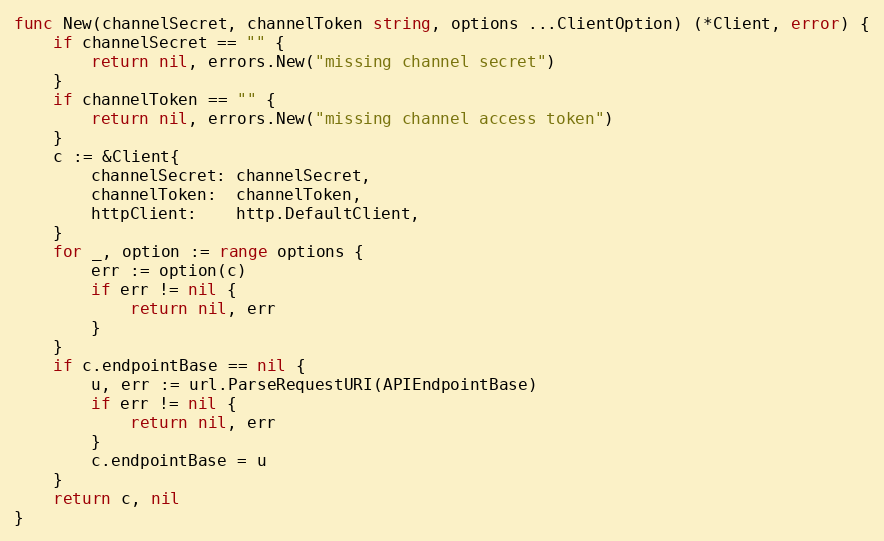
Language: Go
func New(channelSecret, channelToken string, options ...ClientOption) (*Client, error) {
	if channelSecret == "" {
		return nil, errors.New("missing channel secret")
	}
	if channelToken == "" {
		return nil, errors.New("missing channel access token")
	}
	c := &Client{
		channelSecret: channelSecret,
		channelToken:  channelToken,
		httpClient:    http.DefaultClient,
	}
	for _, option := range options {
		err := option(c)
		if err != nil {
			return nil, err
		}
	}
	if c.endpointBase == nil {
		u, err := url.ParseRequestURI(APIEndpointBase)
		if err != nil {
			return nil, err
		}
		c.endpointBase = u
	}
	return c, nil
}